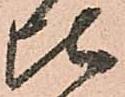
比